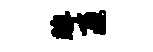
眸匝